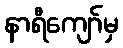
နာရီကျော်မှ